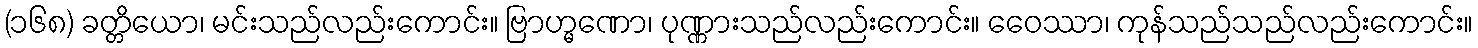
(၁၆၈) ခတ္တိယော၊ မင်းသည်လည်းကောင်း။ ဗြာဟ္မဏော၊ ပုဏ္ဏားသည်လည်းကောင်း။ ဝေေဿာ၊ ကုန်သည်သည်လည်းကောင်း။